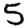
Digit: 5